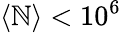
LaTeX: \langle\mathbb{N}\rangle<10^{6}